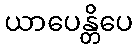
ယာပေန္တိပေ